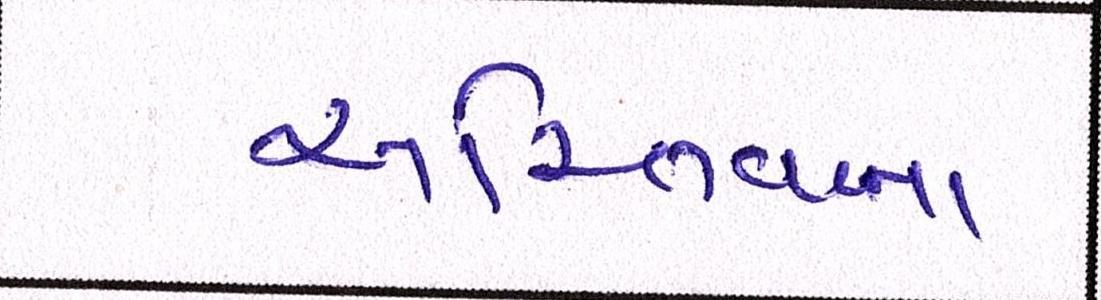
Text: અસ્તિત્વના